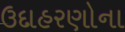
ઉદાહરણોના